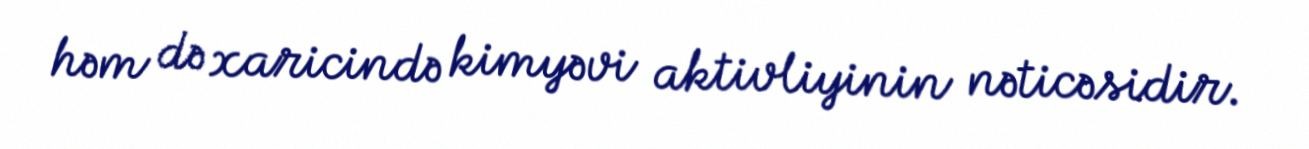
həm də xaricində kimyəvi aktivliyinin nəticəsidir.